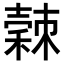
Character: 𥢉